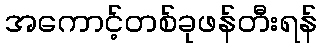
အကောင့်တစ်ခုဖန်တီးရန်